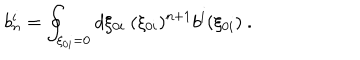
b _ { n } ^ { i } = \oint _ { \xi _ { 0 i } = 0 } d \xi _ { 0 i } \ ( \xi _ { 0 i } ) ^ { n + 1 } b ^ { i } ( \xi _ { 0 i } ) \ .